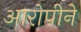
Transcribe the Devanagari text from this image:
आरोपीने